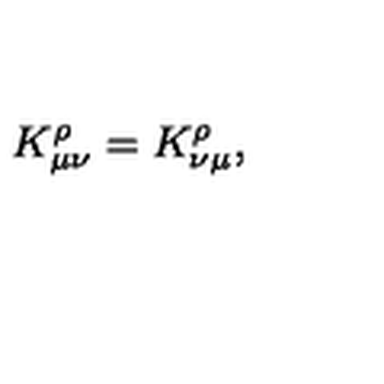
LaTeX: K _ { \mu \nu } ^ { \rho } = K _ { \nu \mu } ^ { \rho } ,